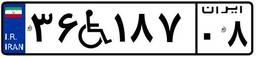
۸۰W۱۱۶۲۷